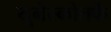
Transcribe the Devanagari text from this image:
यूनेस्कोतर्फे